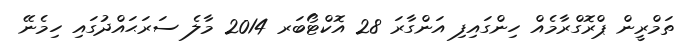
ތަމްރީން ޕްރޮގްރާމެއް ހިންގައިފި އަންގާރަ 28 އޮކްޓޯބަރ 2014 މާލެ ސަރަޙައްދުގައި ހިމެނޭ